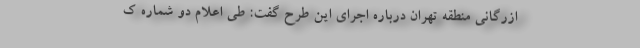
ازرگانی منطقه تهران درباره اجرای این طرح گفت: طی اعلام دو شماره ک